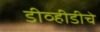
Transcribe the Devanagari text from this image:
डीव्हीडीचे